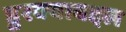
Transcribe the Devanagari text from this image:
डुरक्याबद्दल